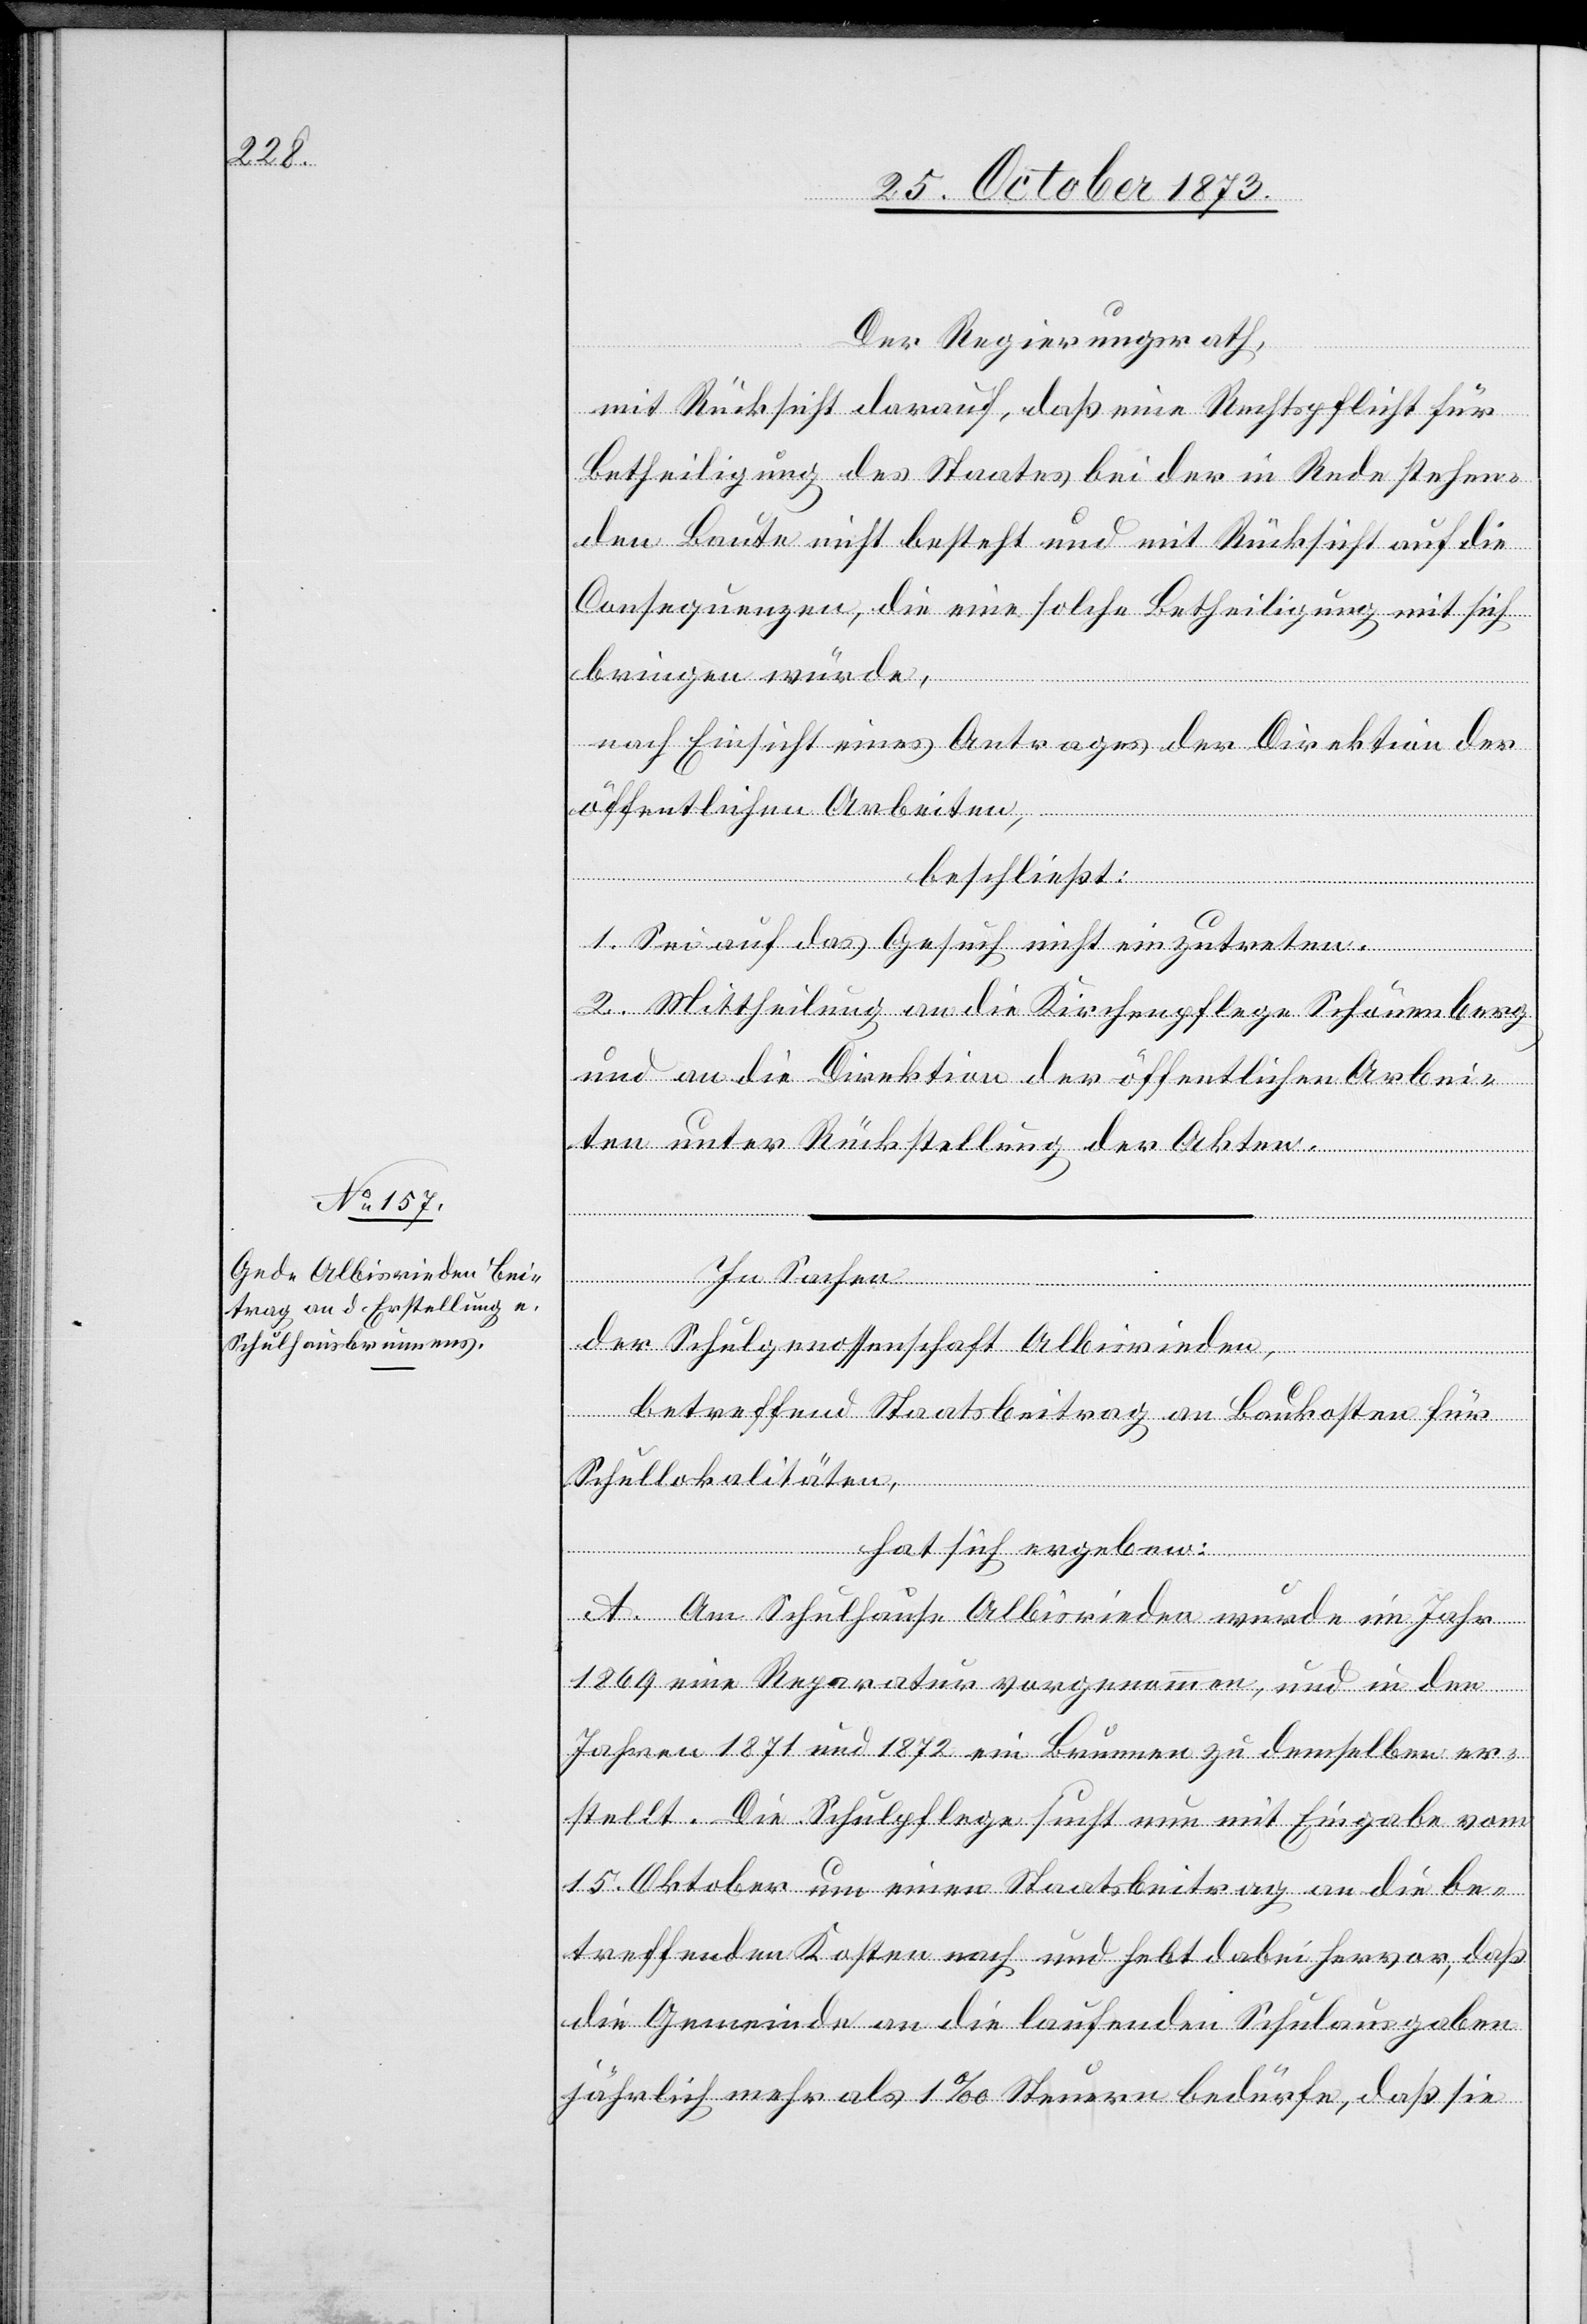
Der Regierungsrath,
mit Rücksicht darauf, daß eine Rechtspflicht für
Betheiligung des Staates bei der in Rede stehen¬
den Baute nicht besteht und mit Rücksicht auf die
Consequenzen, die eine solche Betheiligung mit sich
bringen würde,
nach Einsicht eines Antrages der Direktion der
öffentlichen Arbeiten,
beschließt:
1. Sei auf das Gesuch nicht einzutreten.
2. Mittheilung an die Kirchenpflege Schönenberg
und an die Direktion der öffentlichen Arbei¬
ten unter Rückstellung der Akten.
der Schulgenossenschaft Albisrieden,
betreffend Staatsbeitrag an Baukosten für
Schullokalitäten,
In
hat sich ergeben:
A. Am Schulhause Albisrieden wurde im Jahr
1869 eine Reparatur vorgenommen, und in den
Jahren 1871 und 1872 ein Brunnen zu demselben er¬
stellt. Die Schulpflege sucht nun mit Eingabe vom
15. Oktober um einen Staatsbeitrag an die be¬
treffenden Kosten nach und hebt dabei hervor, daß
die Gemeinde an die laufenden Schulausgaben
jährlich mehr als 1‰ Steuern bedürfe, daß sie